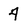
Character: 4